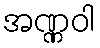
အဏ္ဏဝါ